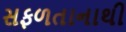
સફળતાનાથી